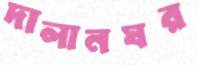
দালানঘর